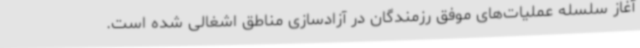
آغاز سلسله عملیات‌های موفق رزمندگان در آزادسازی مناطق اشغالی شده است.